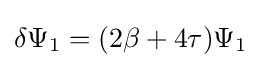
\delta \Psi _{1}=(2\beta +4\tau )\Psi _{1}